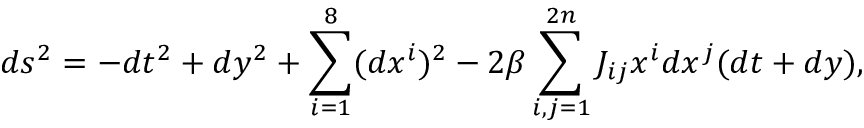
d s ^ { 2 } = - d t ^ { 2 } + d y ^ { 2 } + \sum _ { i = 1 } ^ { 8 } ( d x ^ { i } ) ^ { 2 } - 2 \beta \sum _ { i , j = 1 } ^ { 2 n } J _ { i j } x ^ { i } d x ^ { j } ( d t + d y ) ,